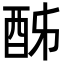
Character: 𨠓